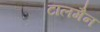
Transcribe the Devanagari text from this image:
टालमैन